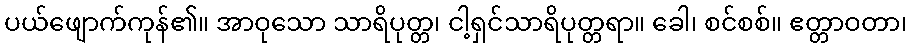
ပယ်ဖျောက်ကုန်၏။ အာဝုသော သာရိပုတ္တ၊ ငါ့ရှင်သာရိပုတ္တရာ။ ခေါ၊ စင်စစ်။ ဧတ္တာဝတာ၊